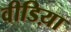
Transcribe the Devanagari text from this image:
वीडिय़ा